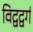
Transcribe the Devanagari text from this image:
विद्वद्वर्ग